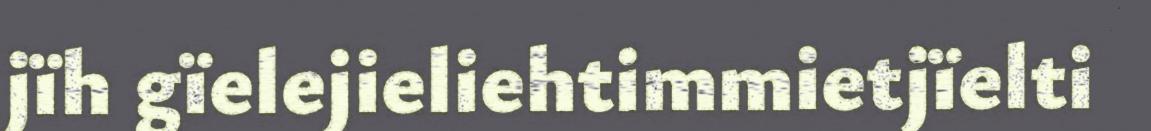
jïh gïelejieliehtimmietjïelti